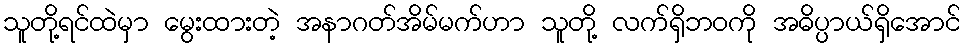
သူတို့ရင်ထဲမှာ မွေးထားတဲ့ အနာဂတ်အိမ်မက်ဟာ သူတို့ လက်ရှိဘဝကို အဓိပ္ပာယ်ရှိအောင်